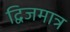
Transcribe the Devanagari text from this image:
द्विजमात्र